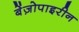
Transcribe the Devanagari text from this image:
बेंज़ोपाइरीन